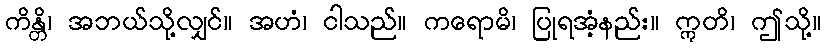
ကိန္တိ၊ အဘယ်သို့လျှင်။ အဟံ၊ ငါသည်။ ကရောမိ၊ ပြုရအံ့နည်း။ ဣတိ၊ ဤသို့။